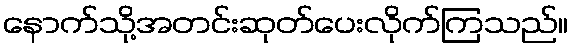
နောက်သို့အတင်းဆုတ်ပေးလိုက်ကြသည်။